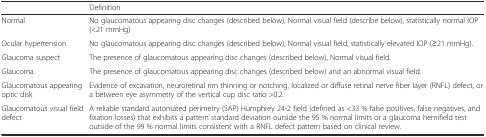
|  | Definition |
 | --- | --- |
 | Normal | No glaucomatous appearing disc changes (described below), Normal visual field (describe below), statistically normal IOP (<21 mmHg) |
 | Ocular hypertension | No glaucomatous appearing disc changes (described below), Normal visual field, statistically elevated IOP (≥21 mmHg). |
 | Glaucoma suspect | The presence of glaucomatous appearing disc changes (described below), Normal visual field. |
 | Glaucoma | The presence of glaucomatous appearing disc changes (described below) and an abnormal visual field. |
 | Glaucomatous appearing optic disk | Evidence of excavation, neuroretinal rim thinning or notching, localized or diffuse retinal nerve fiber layer (RNFL) defect, or a between eye asymmetry of the vertical cup disc ratio >0.2. |
 | Glaucomatous visual field defect | A reliable standard automated perimetry (SAP) Humphrey 24-2 field (defined as <33 % false positives, false negatives, and fixation losses) that exhibits a pattern standard deviation outside the 95 % normal limits or a glaucoma hemifield test outside of the 99 % normal limits consistent with a RNFL defect pattern based on clinical review. |